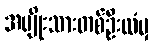
အမျိုးသားတစ်ဦးထံမှ